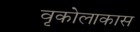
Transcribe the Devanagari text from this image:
वृकोलाकास